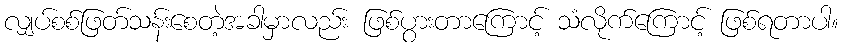
လျှပ်စစ်ဖြတ်သန်းစေတဲ့အခါမှာလည်း ဖြစ်ပွားတာကြောင့် သံလိုက်ကြောင့် ဖြစ်ရတာပါ။